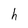
Character: h